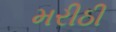
મરીઠી